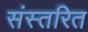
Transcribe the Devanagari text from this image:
संस्तरित